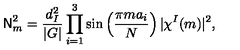
{ \sf N } _ { m } ^ { 2 } = \frac { d _ { I } ^ { 2 } } { | G | } \prod _ { i = 1 } ^ { 3 } \sin \left( \frac { \pi m a _ { i } } { N } \right) | \chi ^ { I } ( m ) | ^ { 2 } ,